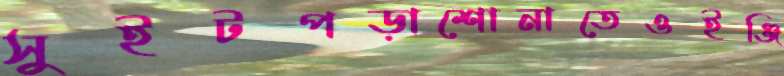
সুইটপড়াশোনাতেওইঞ্জি